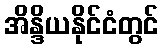
အိန္ဒိယနိုင်ငံတွင်